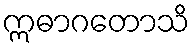
ဣဓာဂတောသိ